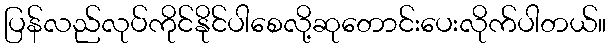
ပြန်လည်လုပ်ကိုင်နိုင်ပါစေလို့ဆုတောင်းပေးလိုက်ပါတယ်။